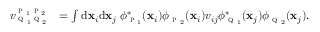
\begin{array} { r l } { { v } _ { \textsc { q } _ { 1 } \textsc { q } _ { 2 } } ^ { \textsc { p } _ { 1 } \textsc { p } _ { 2 } } } & { = \int \mathrm { d } \mathbf { x } _ { i } \mathrm { d } \mathbf { x } _ { j } \; \phi _ { \textsc { p } _ { 1 } } ^ { * } ( \mathbf { x } _ { i } ) \phi _ { \textsc { p } _ { 2 } } ( \mathbf { x } _ { i } ) v _ { i j } \phi _ { \textsc { q } _ { 1 } } ^ { * } ( \mathbf { x } _ { j } ) \phi _ { \textsc { q } _ { 2 } } ( \mathbf { x } _ { j } ) . } \end{array}